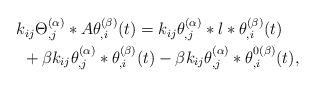
LaTeX: \begin{align*}\begin{aligned} & k_{ij}\Theta_{,j}^{(\alpha)}*A\theta_{,i}^{(\beta)}(t)=k_{ij}\theta_{,j}^{(\alpha)}*l*\theta_{,i}^{(\beta)}(t)\\ & \ +\beta k_{ij}\theta_{,j}^{(\alpha)}*\theta_{,i}^{(\beta)}(t)-\beta k_{ij}\theta_{,j}^{(\alpha)}*\theta_{,i}^{0(\beta)}(t),\end{aligned}\end{align*}